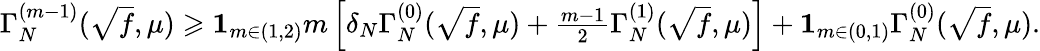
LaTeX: \begin{array}{r}{\Gamma_{N}^{(m-1)}(\sqrt{f},\mu)\geqslant\mathbf{1}_{m\in(1,2)}m\left[\delta_{N}\Gamma_{N}^{(0)}(\sqrt{f},\mu)+\frac{m-1}{2}\Gamma_{N}^{(1)}(\sqrt{f},\mu)\right]+\mathbf{1}_{m\in(0,1)}\Gamma_{N}^{(0)}(\sqrt{f},\mu).}\end{array}